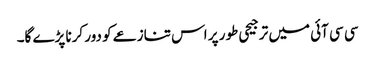
سی سی آئی میں ترجیحی طور پر اس تنازعے کو دور کرنا پڑے گا۔